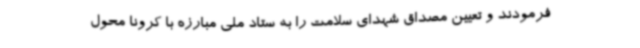
فرمودند و تعیین مصداق شهدای سلامت را به ستاد ملی مبارزه با کرونا محول